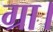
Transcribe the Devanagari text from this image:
ग्रा।